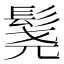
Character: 𬴨